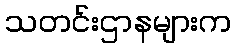
သတင်းဌာနများက